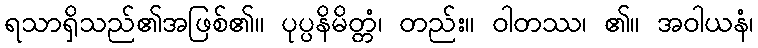
ရသာရှိသည်၏အဖြစ်၏။ ပုပ္ပနိမိတ္တံ၊ တည်း။ ဝါတဿ၊ ၏။ အဝါယနံ၊